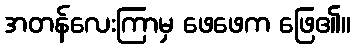
အတန်လေးကြာမှ ဖေဖေက ဖြေ၏။